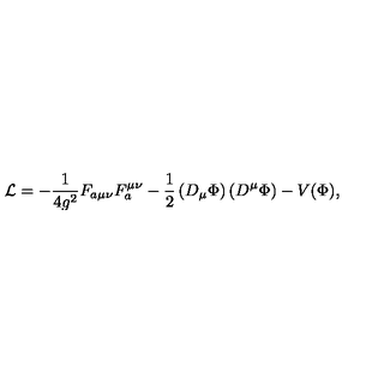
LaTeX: { \cal L } = - \frac { 1 } { 4 g ^ { 2 } } F _ { a \mu \nu } F _ { a } ^ { \mu \nu } - \frac { 1 } { 2 } \left( D _ { \mu } \Phi \right) \left( D ^ { \mu } \Phi \right) - V ( \Phi ) ,